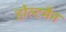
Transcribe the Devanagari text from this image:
होल्टमैन